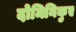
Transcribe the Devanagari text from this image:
दोमिनिकुए